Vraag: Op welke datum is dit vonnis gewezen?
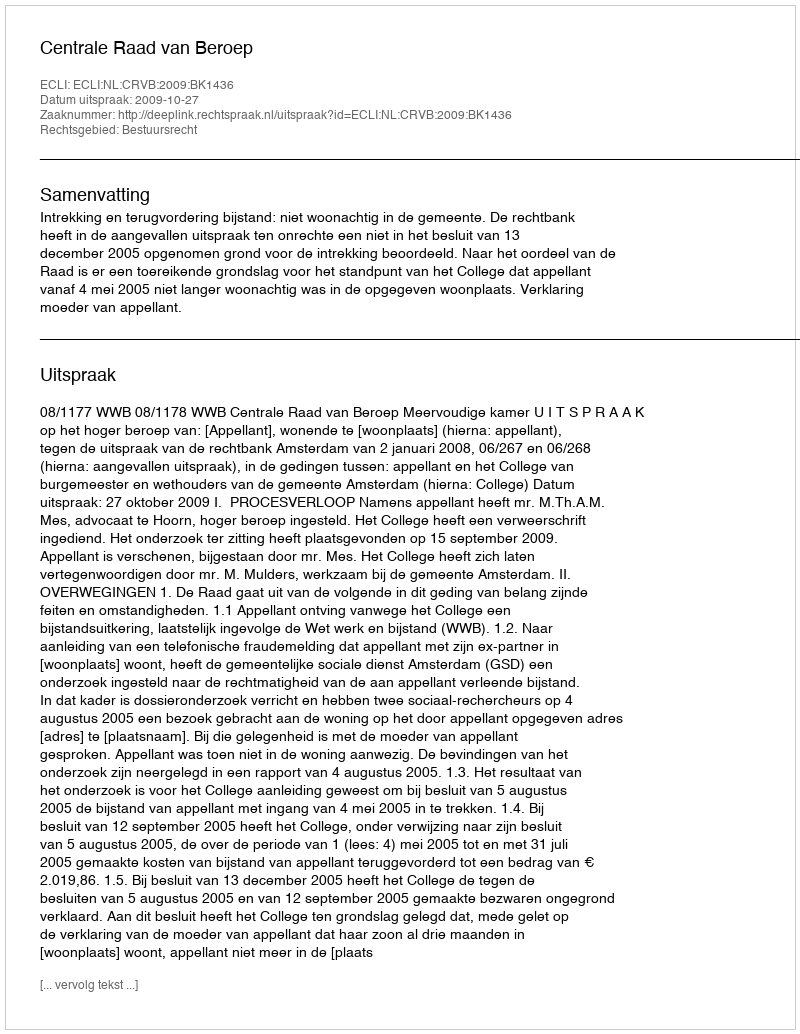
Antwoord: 2009-10-27